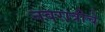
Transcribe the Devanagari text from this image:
नवरात्रीचे